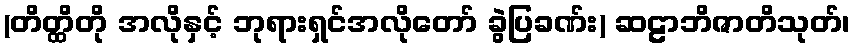
(တိတ္ထိတို အလိုနှင့် ဘုရားရှင်အလိုတော် ခွဲပြခဏ်း) ဆဠာဘိဇာတိသုတ်၊